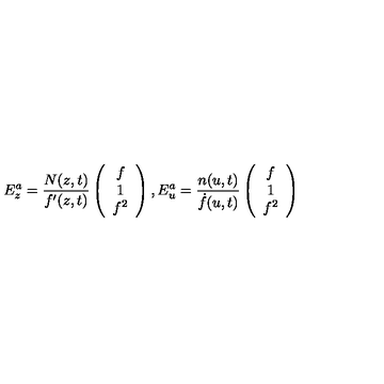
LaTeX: E _ { z } ^ { a } = \frac { N ( z , t ) } { f ^ { \prime } ( z , t ) } \left( \begin{array} { c } { f } \\ { 1 } \\ { f ^ { 2 } } \\ \end{array} \right) , E _ { u } ^ { a } = \frac { n ( u , t ) } { \dot { f } ( u , t ) } \left( \begin{array} { c } { f } \\ { 1 } \\ { f ^ { 2 } } \\ \end{array} \right)